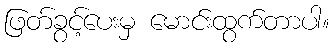
ဖြတ်ခွင့်ပေးမှ မောင်းထွက်တာပါ။